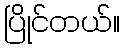
ပြိုင်တယ်။